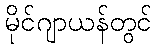
မိုင်ဂျာယန်တွင်